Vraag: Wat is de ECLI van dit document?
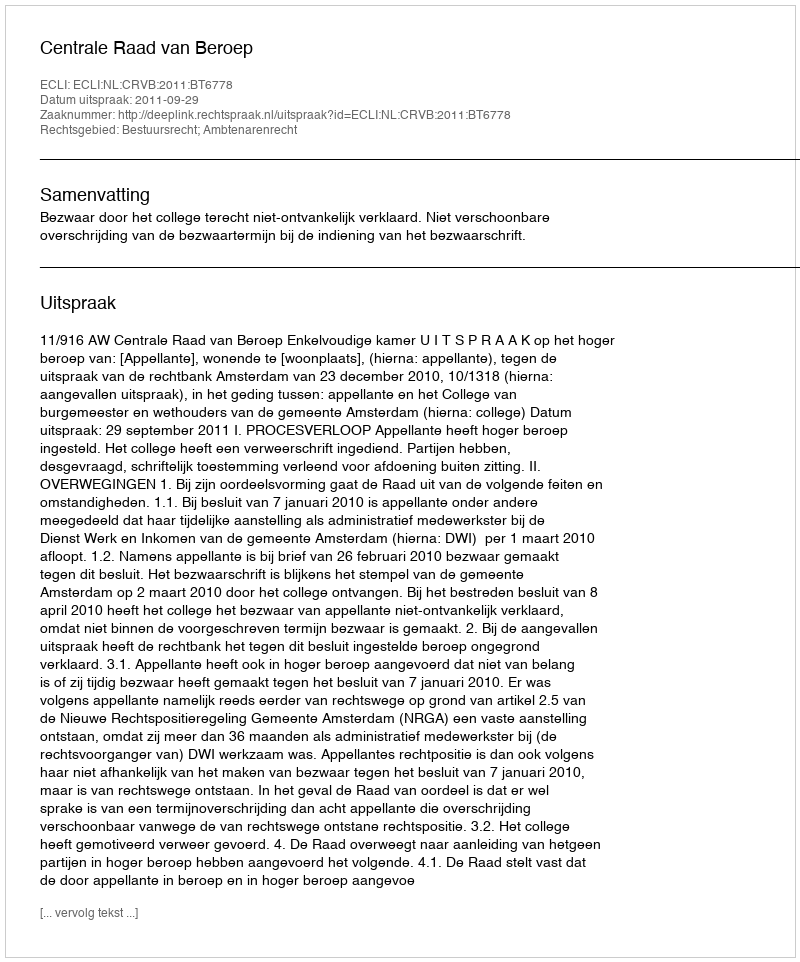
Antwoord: ECLI:NL:CRVB:2011:BT6778